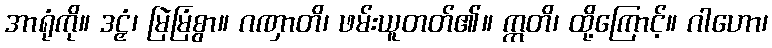
အာရုံကို။ ဒဠှံ၊ မြဲမြံစွာ။ ဂဏှာတိ၊ ဖမ်းယူတတ်၏။ ဣတိ၊ ထို့ကြောင့်။ ဂါဟော၊